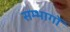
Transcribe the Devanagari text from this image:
सम्भागोँ